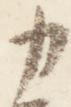
カ